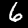
Digit: 6